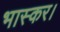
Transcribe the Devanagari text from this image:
भास्कर।